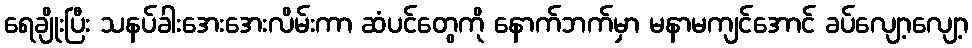
ရေချိုးပြီး သနပ်ခါးအေးအေးလိမ်းကာ ဆံပင်တွေကို နောက်ဘက်မှာ မနာမကျင်အောင် ခပ်လျော့လျော့